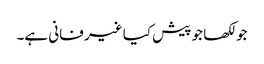
جو لکھا جو پیش کیا غیر فانی ہے۔